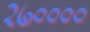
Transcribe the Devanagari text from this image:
२७००००